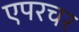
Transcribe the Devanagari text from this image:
एपरचर